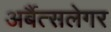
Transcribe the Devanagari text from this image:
अर्बैत्सलेगर